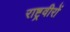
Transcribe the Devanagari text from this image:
राष्ट्रवीरों